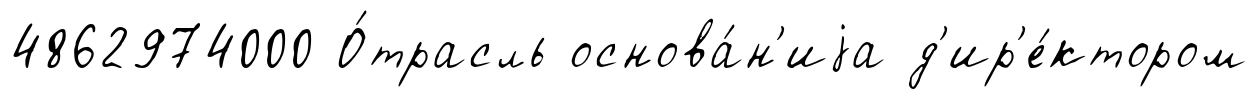
4862974000 О́трасль основа́н'иjа д'ир'е́ктором